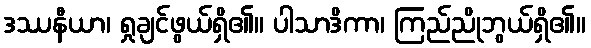
ဒဿနီယာ၊ ရှုချင်ဖွယ်ရှိ၏။ ပါသာဒိကာ၊ ကြည်ညိုဘွယ်ရှိ၏။